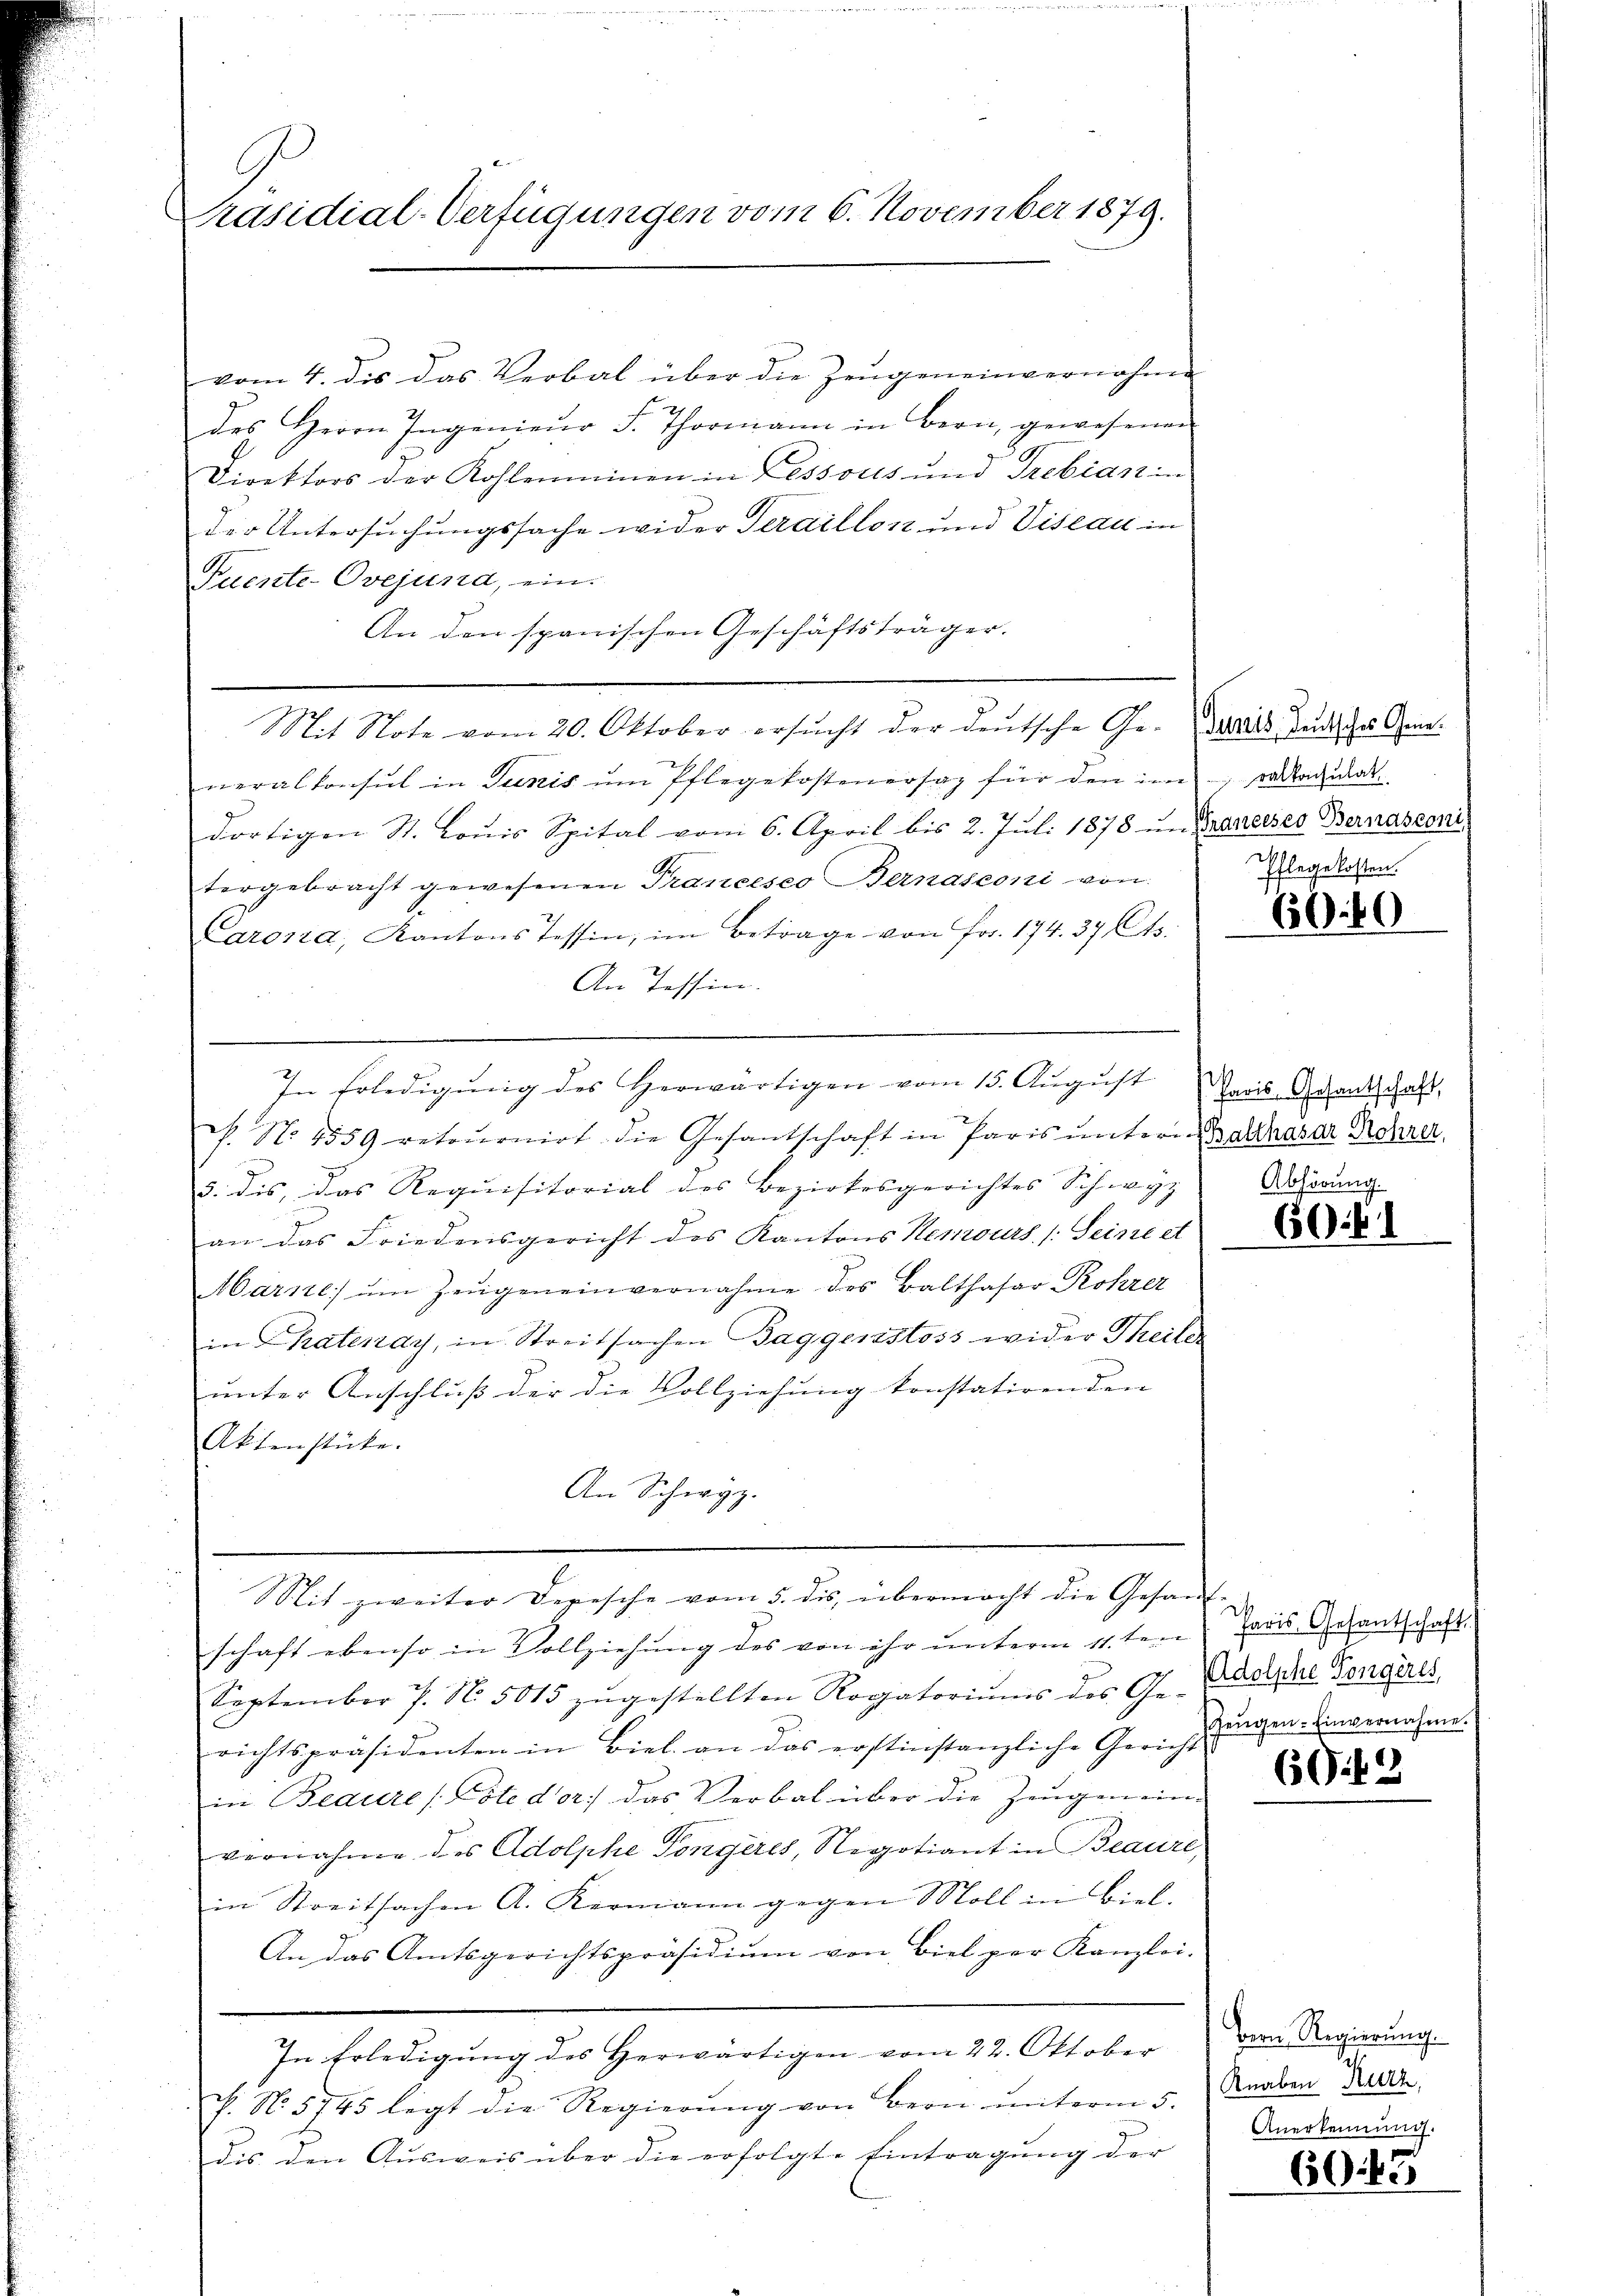
Präsidial-Verfügungen vom 6. November 1879.

vom 4. dis das Verbal über die Zeugen einvernahme
des Herrn Ingenieŭr F. Thormann in Bern, gewesenen
Direktors der Kohlenminen in Lessoils und Trebian in
der Untersuchungssache wider Teraillon und Viseau in
Fuente-Ovejund, ein.
An den spanischen Geschäftsträger.
Mit Note vom 20. Oktober ersucht der deutsche Ge- Zarais Judische Geneneralkonsul in Junis ŭm Pflegekostenersaz für den im rataŭrat-
dortigen St. Loŭis Spital vom 6. April bis 2. Jŭli 1878 in Krancises Bernasconi
tergebracht gewesenen Trancesco Bernasconi von
Carosia, Kantons Tessin, im Betrage von Fr. 174. 37 Cts.
An Tessin.
In Erledigung des Herwärtigen vom 15. August Parischenk, hast,
c. No 1559 retoŭrnirt die Gesantschaft in Paris ŭnter Balthasar Rohrer
5. dis, das Requisitorial des Bezirksgerichtes Schwyz
an das Friedensgericht des Kantons Kemours (Seine et
Marse, ŭm Zeŭgeneinvernahme des Balthasar Rohrer
in Thatenay, in Streitsachen Baggenstoss wider Theile
unter Anschluß der die Vollziehung konstatirenden
Aktenstücke.
An Schwyz.
Mit zweiter Depesche vom 5. ds. übermacht die Gesand-
schaft ebenso in Vollziehung des von ihr unterm 11.ten
September 7. No. 5015 zŭgestellten Rogatoriŭms des Ge-
richtspräsidenten in Biel an das erstinstanzliche Gericht
in Beaure / Eite der das Verbal über die Zeugenein-
vernahme des Adolphe Tongeres, Negotiant in Beaure,
in Streitsachen A. Kermann gegen Moll in Biel.
An das Amtsgerichtspräsidiŭm von Biel per Kanzlei.
In Erledigŭng des Herwärtigen vom 22. Oktober
c. No. 5745 legt die Regierŭng von Bern ŭnterm 5. Knaben Bu
dis den Ausweis über die erfolgte Eintragung der |

u
Ehlegekosten.

640

Abhörung.

60.11

s
faris Gesantschaft
Adolphe Tongeres,
Zeugen. Einvernahme.

69.43

Bern Regierung.
Anerkennung.

6043